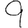
Digit: 9